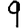
Digit: 9